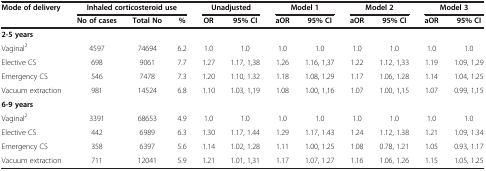
| Mode of delivery | <COLSPAN=3> Inhaled corticosteroid use | <COLSPAN=2> Unadjusted | <COLSPAN=2> Model 1 | <COLSPAN=2> Model 2 | <COLSPAN=2> Model 3 |
 |  | No of cases | Total No | % | OR | 95% CI | aOR | 95% CI | aOR | 95% CI | aOR | 95% CI |
 | --- | --- | --- | --- | --- | --- | --- | --- | --- | --- | --- | --- |
 | 2-5 years |  |  |  |  |  |  |  |  |  |  |  |
 | Vaginal2 | 4597 | 74694 | 6.2 | 1.0 | 1.0 | 1.0 | 1.0 | 1.0 | 1.0 | 1.0 | 1.0 |
 | Elective CS | 698 | 9061 | 7.7 | 1.27 | 1.17, 1,38 | 1.26 | 1.16, 1,37 | 1.22 | 1.12, 1,33 | 1.19 | 1.09, 1,29 |
 | Emergency CS | 546 | 7478 | 7.3 | 1.20 | 1.10, 1.32 | 1.18 | 1.08, 1.29 | 1.17 | 1.06, 1.28 | 1.14 | 1.04, 1.25 |
 | Vacuum extraction | 981 | 14524 | 6.8 | 1.10 | 1.03, 1,19 | 1.08 | 1.00, 1,16 | 1.07 | 1.00, 1,15 | 1.07 | 0.99, 1,15 |
 | 6-9 years |  |  |  |  |  |  |  |  |  |  |  |
 | Vaginal2 | 3391 | 68653 | 4.9 | 1.0 | 1.0 | 1.0 | 1.0 | 1.0 | 1.0 | 1.0 | 1.0 |
 | Elective CS | 442 | 6989 | 6.3 | 1.30 | 1.17, 1.44 | 1.29 | 1.17, 1.43 | 1.24 | 1.12, 1.38 | 1.21 | 1.09, 1.34 |
 | Emergency CS | 358 | 6397 | 5.6 | 1.14 | 1.02, 1.28 | 1.11 | 1.00, 1.25 | 1.08 | 0.78, 1.21 | 1.05 | 0.93, 1.17 |
 | Vacuum extraction | 711 | 12041 | 5.9 | 1.21 | 1.01, 1,31 | 1.17 | 1.07, 1.27 | 1.16 | 1.06, 1.26 | 1.15 | 1.05, 1.25 |